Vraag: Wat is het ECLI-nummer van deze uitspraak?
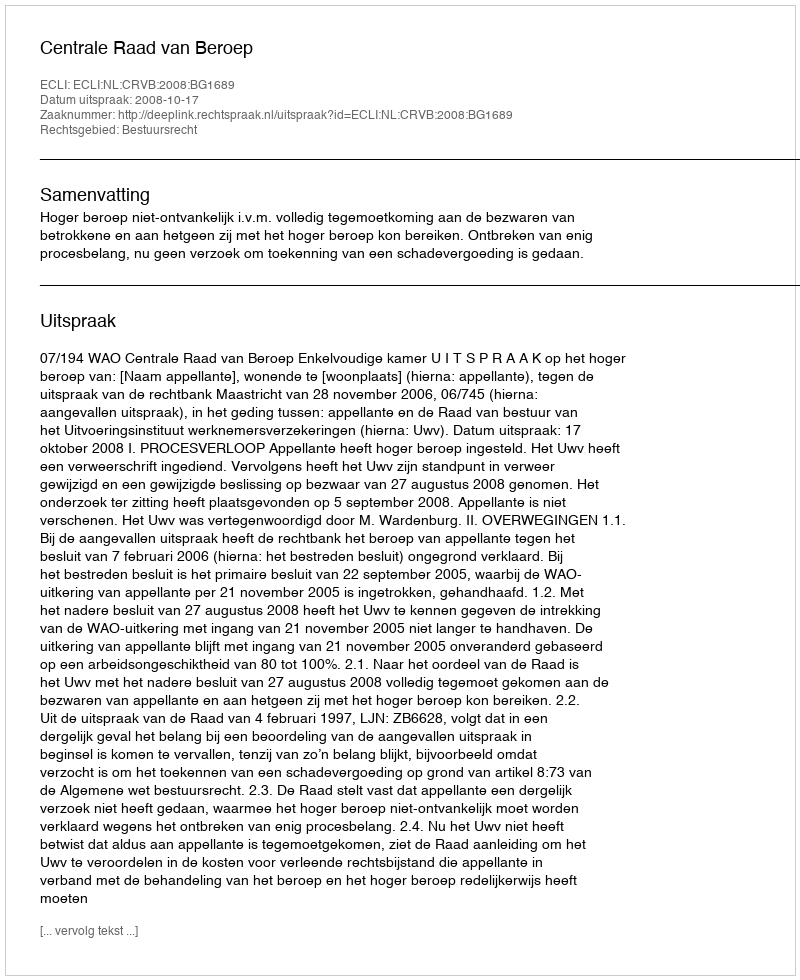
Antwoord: ECLI:NL:CRVB:2008:BG1689